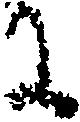
に